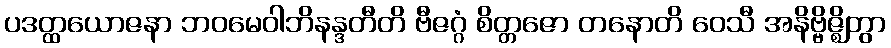
ပဒတ္ထယောဇနာ ဘဝမေဝါဘိနန္ဒတီတိ ဗီဇဂ္ဂံ စိတ္တဇော တနောတိ ဝေသီ အနိဗ္ဗိဇ္ဈိတွာ